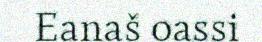
Eanaš oassi